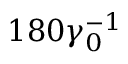
1 8 0 \gamma _ { 0 } ^ { - 1 }